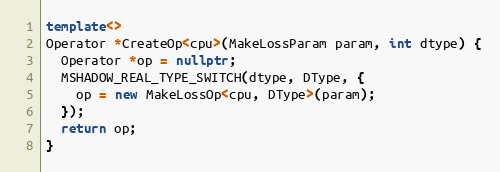
Language: C++
template<>
Operator *CreateOp<cpu>(MakeLossParam param, int dtype) {
  Operator *op = nullptr;
  MSHADOW_REAL_TYPE_SWITCH(dtype, DType, {
    op = new MakeLossOp<cpu, DType>(param);
  });
  return op;
}